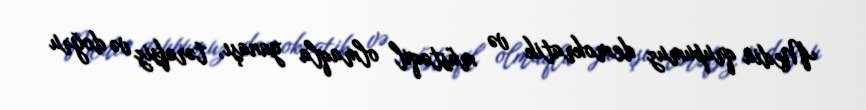
Media qrupumuz demokratik və müstəqil olmaqla yanaşı, tərəfsiz və doğru